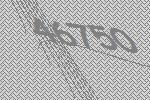
46750